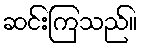
ဆင်းကြသည်။